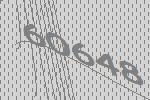
60648